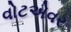
વોટએવર